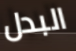
البدل